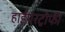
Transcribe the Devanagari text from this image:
हाईपरट्रोफी